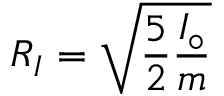
R _ { I } = \sqrt { \frac { 5 } { 2 } \frac { I _ { \circ } } { m } }